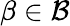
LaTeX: \beta\in{\mathcal{B}}